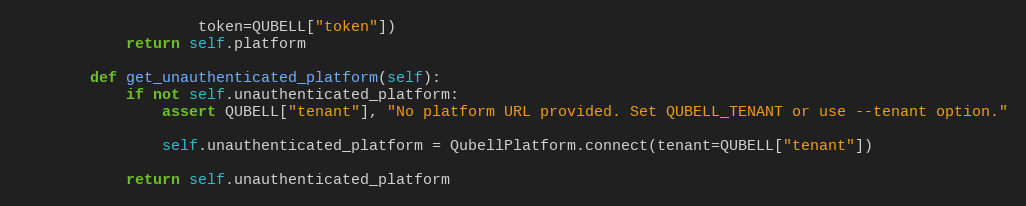
Language: Python
                    token=QUBELL["token"])
            return self.platform

        def get_unauthenticated_platform(self):
            if not self.unauthenticated_platform:
                assert QUBELL["tenant"], "No platform URL provided. Set QUBELL_TENANT or use --tenant option."

                self.unauthenticated_platform = QubellPlatform.connect(tenant=QUBELL["tenant"])

            return self.unauthenticated_platform